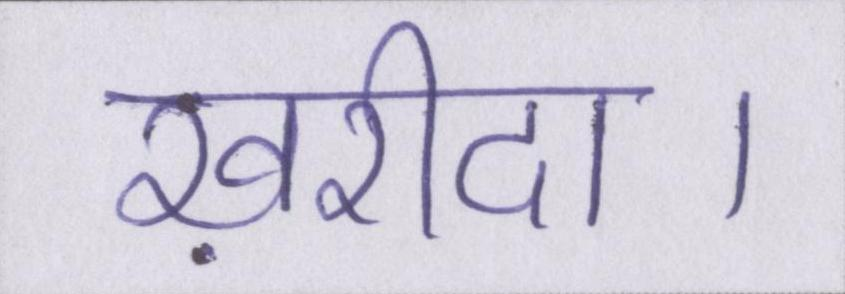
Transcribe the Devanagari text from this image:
ख़रीदा।